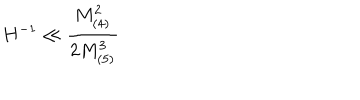
H ^ { - 1 } \ll \frac { M _ { ( 4 ) } ^ { 2 } } { 2 M _ { ( 5 ) } ^ { 3 } }